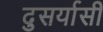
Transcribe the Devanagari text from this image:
दुसर्यासी